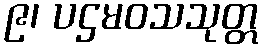
၉၊ ပဌမဝသသုတ္တ